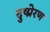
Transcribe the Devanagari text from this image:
दुष्प्रेरण